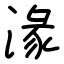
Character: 湪